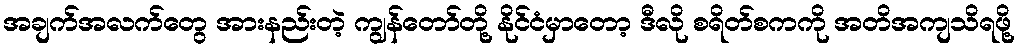
အချက်အလက်တွေ အားနည်းတဲ့ ကျွန်တော်တို့ နိုင်ငံမှာတော့ ဒီလို စရိတ်စကကို အတိအကျသိရဖို့